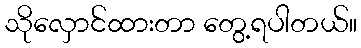
သိုလှောင်ထားတာ တွေ့ရပါတယ်။